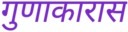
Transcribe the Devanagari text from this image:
गुणाकारास